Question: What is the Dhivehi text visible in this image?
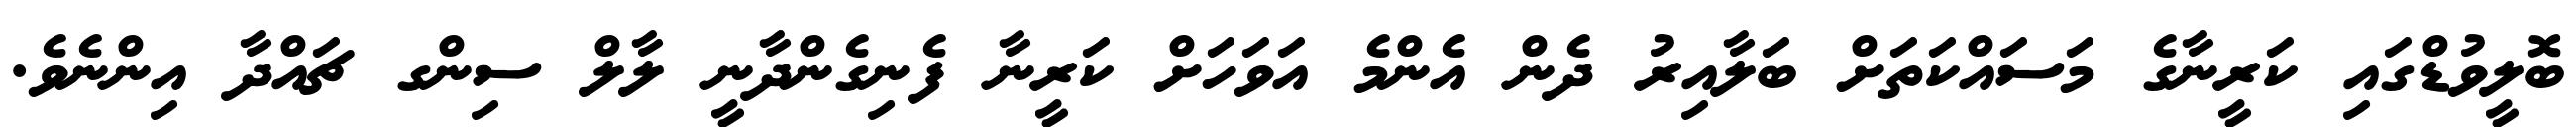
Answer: ބޮލީވުޑްގައި ކަރީނާގެ މަސައްކަތަށް ބަލާއިރު ދެން އެންމެ އަވަހަށް ކަރީނާ ފެނިގެންދާނީ ލާލް ސިންގ ޗައްދާ އިންނެވެ.